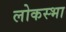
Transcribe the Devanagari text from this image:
लोकस्भा